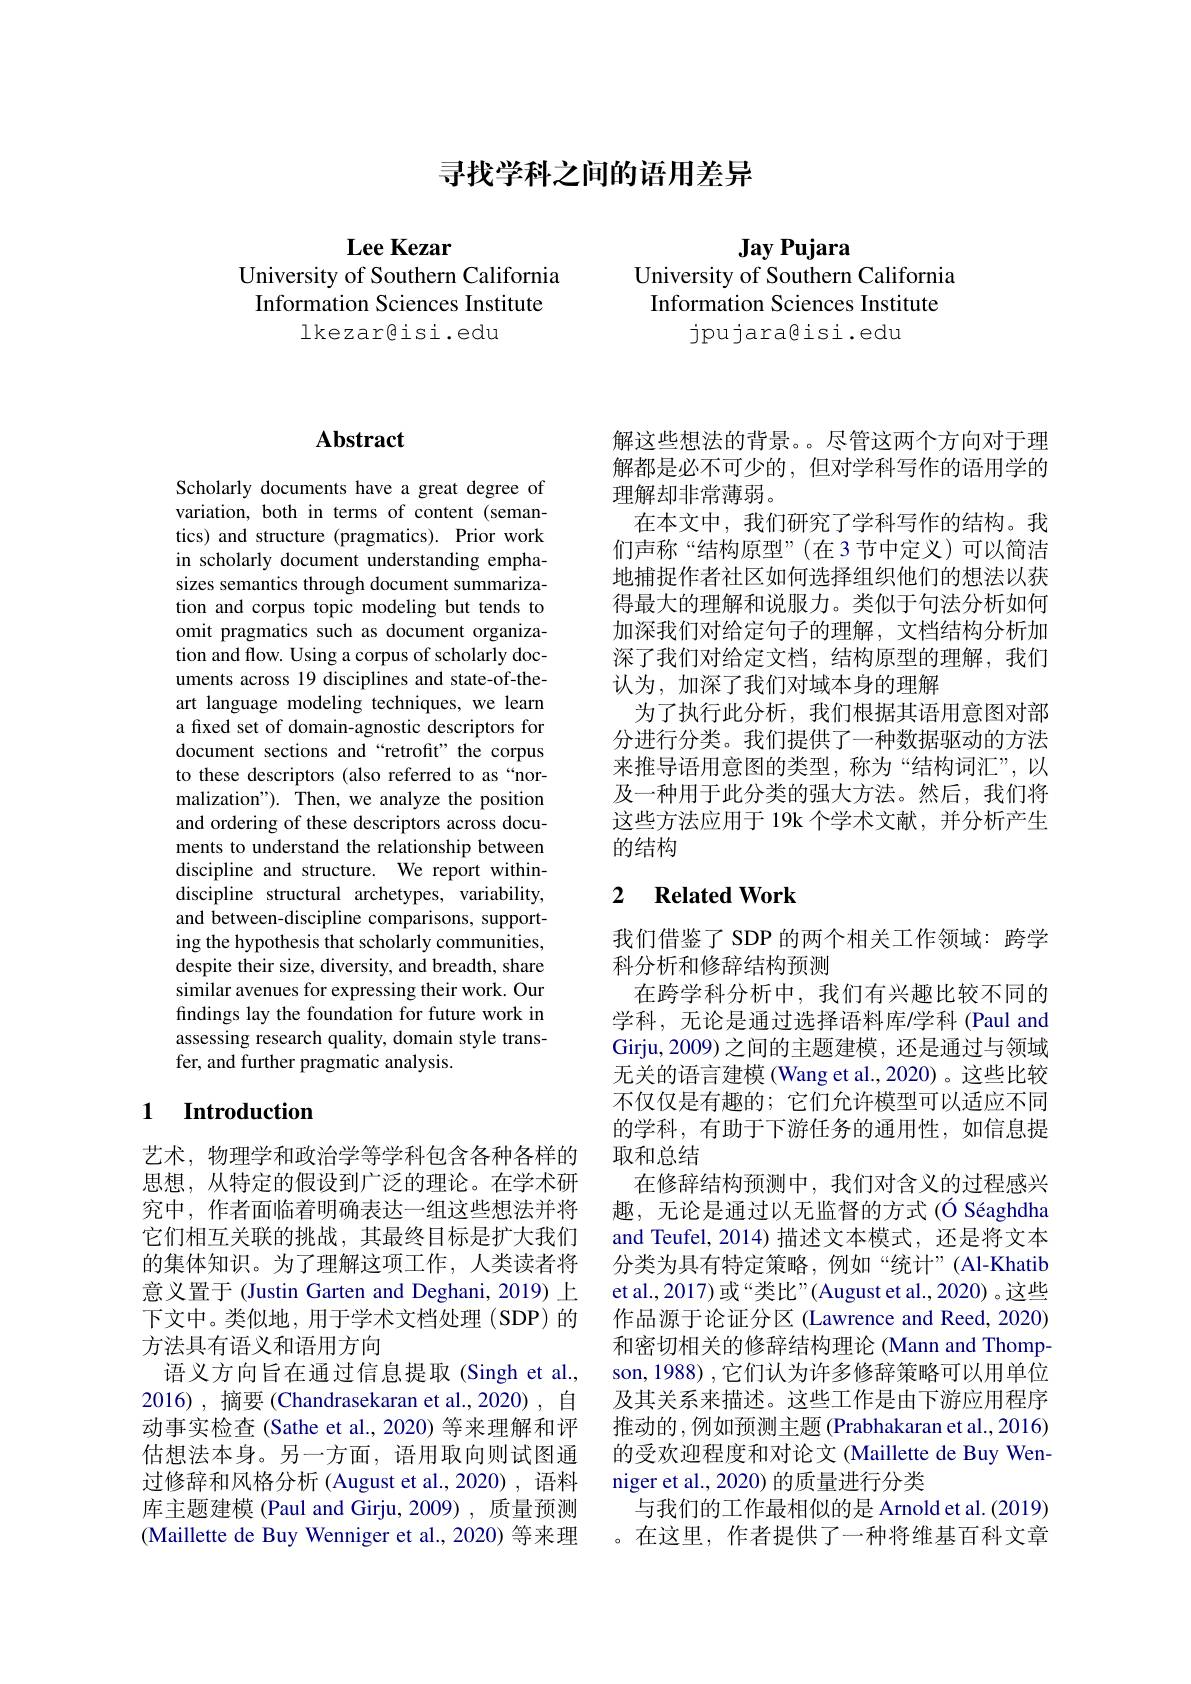
寻找学科之间的语用差异

$\mathbf{Lee}$ Kezar
University of Southern California Information Sciences Institute
lkezar@ isi. edu

Jay Pujara
University of Southern California Information Sciences Institute
jpujara@isi.edu

## $\mathbf{Abstract}$

Scholarly documents have a great degree of variation, both in terms of content (semantics) and structure (pragmatics). Prior work in scholarly document understanding emphasizes semantics through document summarization and corpus topic modeling but tends to omit pragmatics such as document organization and flow. Using a corpus of scholarly documents across 19 disciplines and state-of-theart language modeling techniques, we learn a fixed set of domain-agnostic descriptors for document sections and“retrofit” the corpus to these descriptors (also referred to as“normalization"). Then, we analyze the position and ordering of these descriptors across documents to understand the relationship between discipline and structure. We report withindiscipline structural archetypes, variability, and between-discipline comparisons, supporting the hypothesis that scholarly communities, despite their size, diversity, and breadth, share similar avenues for expressing their work. Our findings lay the foundation for future work in assessing research quality, domain style transfer, and further pragmatic analysis.

### 1 Introduction

艺术，物理学和政治学等学科包含各种各样的思想，从特定的假设到广泛的理论。在学术研究中，作者面临着明确表达一组这些想法并将它们相互关联的挑战，其最终目标是扩大我们的集体知识。为了理解这项工作，人类读者将意义置于 (Justin Garten and Deghani, 2019) 上下文中。类似地，用于学术文档处理(SDP)的方法具有语义和语用方向
语义方向旨在通过信息提取(Singh et al., 2016),摘要(Chandrasekaran et al.,2020),自动事实检查 (Sathe et al., 2020) 等来理解和评估想法本身。另一方面，语用取向则试图通过修辞和风格分析 (August et al.,2020),语料库主题建模 (Paul and Girju, 2009) , 质量预测(Maillette de Buy Wenniger et al., 2020) 等来理

解这些想法的背景。。尽管这两个方向对于理解都是必不可少的，但对学科写作的语用学的理解却非常薄弱。
在本文中，我们研究了学科写作的结构。我们声称“结构原型”(在3节中定义)可以简洁地捕捉作者社区如何选择组织他们的想法以获得最大的理解和说服力。类似于句法分析如何加深我们对给定句子的理解，文档结构分析加深了我们对给定文档，结构原型的理解，我们认为，加深了我们对域本身的理解
为了执行此分析，我们根据其语用意图对部分进行分类。我们提供了一种数据驱动的方法来推导语用意图的类型，称为“结构词汇”,以及一种用于此分类的强大方法。然后，我们将这些方法应用于 19k 个学术文献，并分析产生的结构

## 2 Related Work

我们借鉴了 SDP 的两个相关工作领域：跨学
科分析和修辞结构预测
在跨学科分析中，我们有兴趣比较不同的学科，无论是通过选择语料库/学科 (Paul and Girju,2009)之间的主题建模，还是通过与领域无关的语言建模 (Wang et al.,2020)。这些比较不仅仅是有趣的；它们允许模型可以适应不同的学科，有助于下游任务的通用性，如信息提取和总结
在修辞结构预测中，我们对含义的过程感兴趣，无论是通过以无监督的方式(Ó Séaghdha and Teufel, 2014) 描述文本模式，还是将文本分类为具有特定策略，例如“统计”(Al-Khatib et al., 2017) 或“类比”(August et al., 2020) 。这些作品源于论证分区 (Lawrence and Reed, 2020) 和密切相关的修辞结构理论 (Mann and Thompson, 1988) , 它们认为许多修辞策略可以用单位及其关系来描述。这些工作是由下游应用程序推动的 ,例如预测主题 (Prabhakaran et al., 2016) 的受欢迎程度和对论文 (Maillette de Buy Wenniger et al., 2020) 的质量进行分类
与我们的工作最相似的是 Arnold et al. (2019) 。在这里，作者提供了一种将维基百科文章